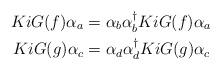
LaTeX: \begin{align*} KiG(f) \alpha_a & = \alpha_b\alpha_b^\dagger KiG(f)\alpha_a\\ KiG(g) \alpha_c & = \alpha_d\alpha_d^\dagger KiG(g)\alpha_c\\\end{align*}